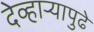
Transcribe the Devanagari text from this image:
देव्हार्‍यापुढे